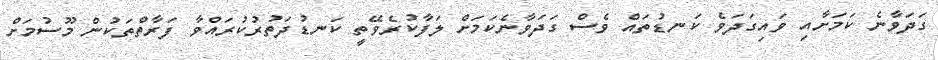
ގަދަވާނެ ކަމަށާއި ވައިގަދަވެ ކަނޑުތައް ވެސް ގަދަވާނެކަމަށް ލަފާކުރެވޭތީ ކަނޑުދަތުރުކުރައްވާ ފަރާތްތަކުން މޫސުމަށް